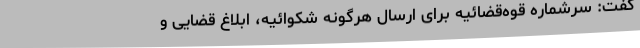
گفت: سرشماره قوه‌قضائیه برای ارسال هرگونه شکوائیه، ابلاغ قضایی و